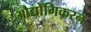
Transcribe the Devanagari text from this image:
औद्योगिकरन